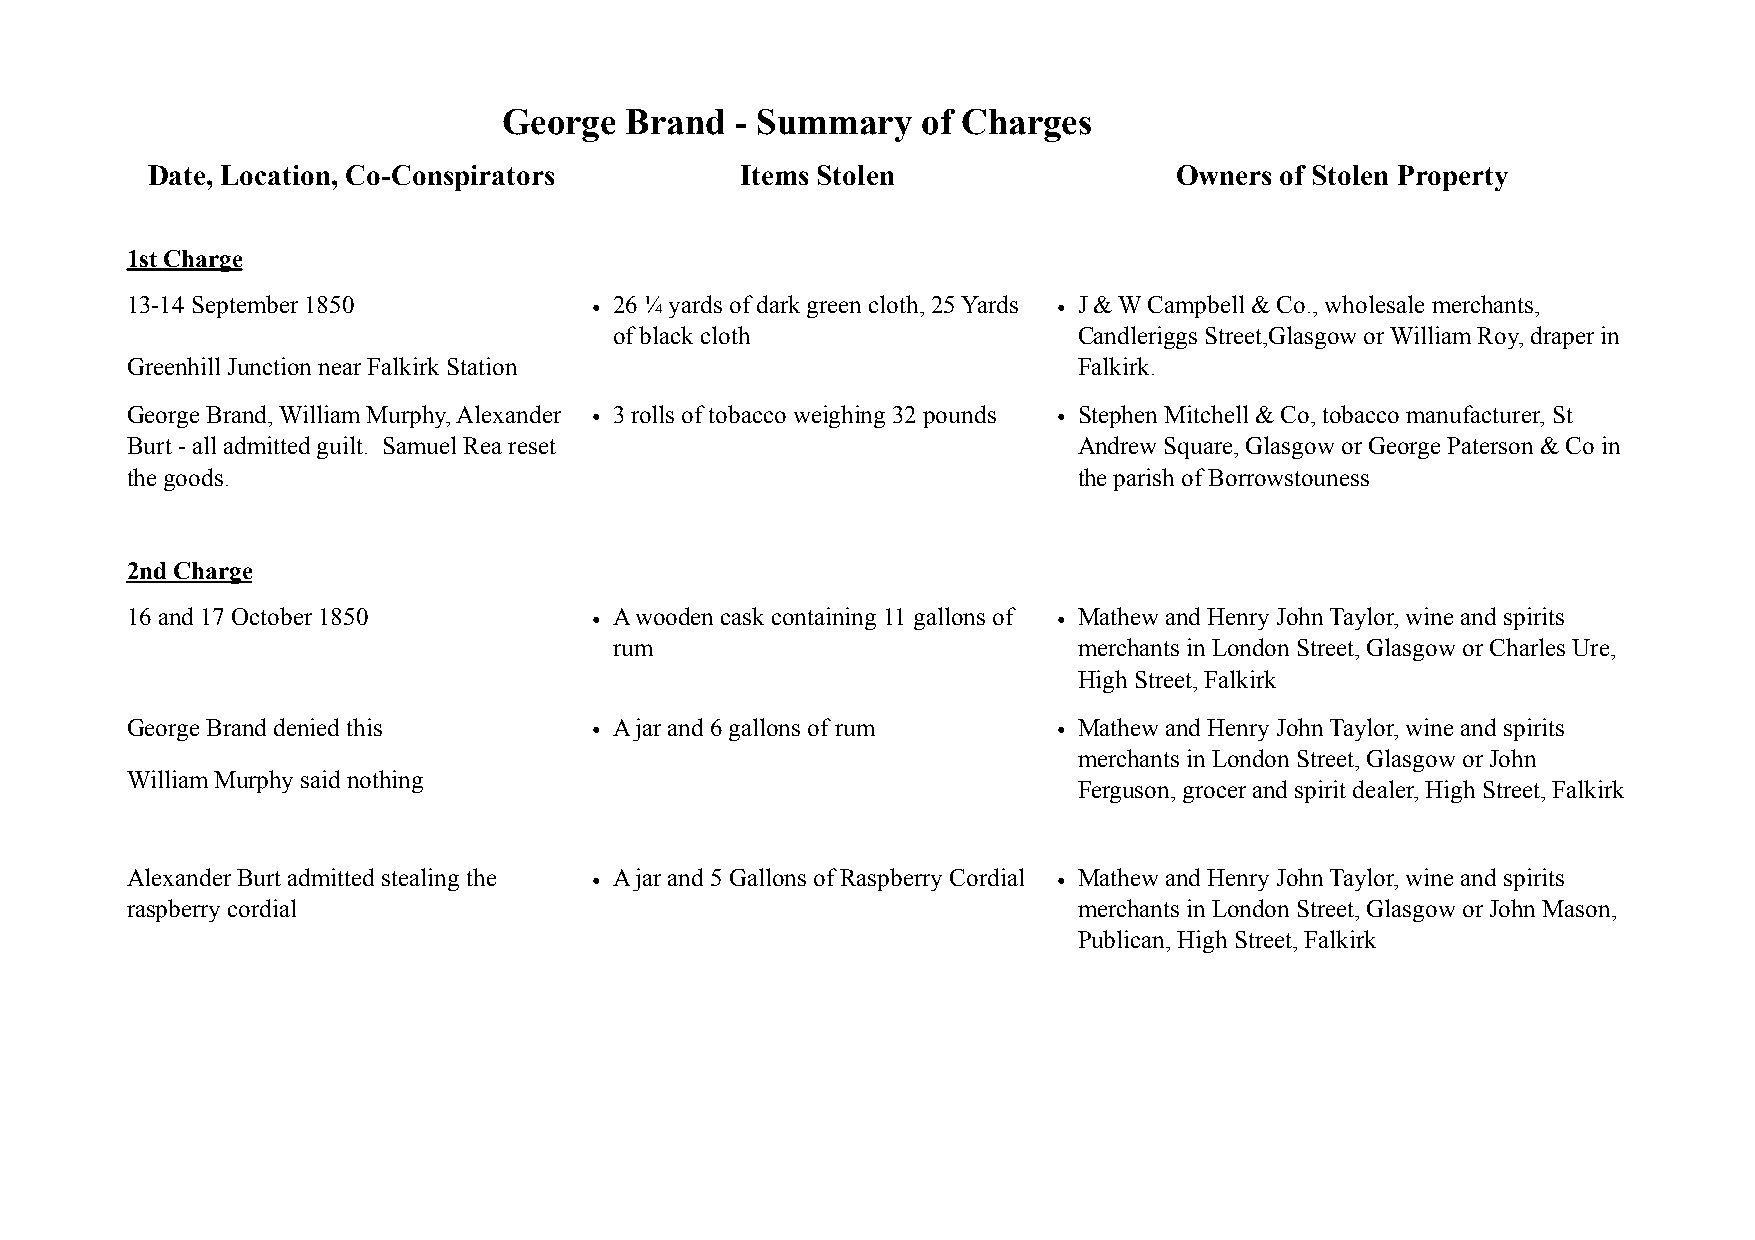
Date, Location, Co-Conspirators        Items Stolen                 Owners of Stolen Property
 1st Charge
 13-14 September 1850           • 26 ¼ yards of dark green cloth, 25 Yards • J & W Campbell & Co., wholesale merchants,
 of black cloth                Candleriggs Street,Glasgow or William Roy, draper in
 Greenhill Junction near Falkirk Station                        Falkirk.
 George Brand, William Murphy, Alexander • 3 rolls of tobacco weighing 32 pounds • Stephen Mitchell & Co, tobacco manufacturer, St
 Burt - all admitted guilt. Samuel Rea reset                    Andrew Square, Glasgow or George Paterson & Co in
 the goods.                                                     the parish of Borrowstouness
 2nd Charge
 16 and 17 October 1850         • A wooden cask containing 11 gallons of • Mathew and Henry John Taylor, wine and spirits
 rum                           merchants in London Street, Glasgow or Charles Ure,
 High Street, Falkirk
 George Brand denied this       • A jar and 6 gallons of rum   • Mathew and Henry John Taylor, wine and spirits
 merchants in London Street, Glasgow or John
 William Murphy said nothing
 Ferguson, grocer and spirit dealer, High Street, Falkirk
 Alexander Burt admitted stealing the • A jar and 5 Gallons of Raspberry Cordial • Mathew and Henry John Taylor, wine and spirits
 raspberry cordial                                              merchants in London Street, Glasgow or John Mason,
 Publican, High Street, Falkirk